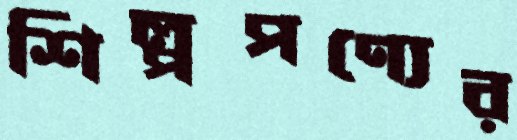
শিল্পপণ্যের